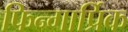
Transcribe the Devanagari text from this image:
फिन्गार्प्रिक